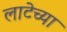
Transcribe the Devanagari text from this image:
लाटेच्या